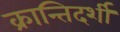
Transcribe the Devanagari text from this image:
क्रान्तिदर्शी